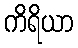
ကိရိယာ